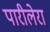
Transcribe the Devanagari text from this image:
पारीलेरा